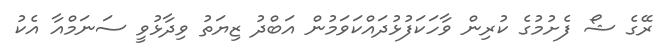
ރޭގެ ޝޯ ފެށުމުގެ ކުރިން ވާހަކަފުޅުދައްކަވަމުން އަބްދު ޒިޔަތު ވިދާޅުވީ ސަނަމްއާ އެކު